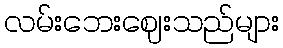
လမ်းဘေးဈေးသည်များ